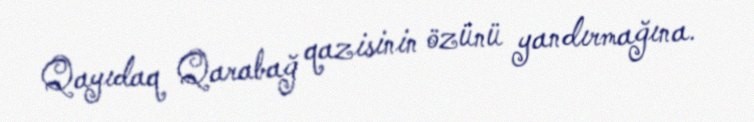
Qayıdaq Qarabağ qazisinin özünü yandırmağına.